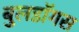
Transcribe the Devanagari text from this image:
बुलडॉगस